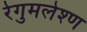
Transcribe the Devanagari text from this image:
रेगुमलेश्ण